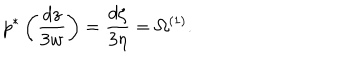
p ^ { * } \left( \frac { d z } { 3 w } \right) = \frac { d \zeta } { 3 \eta } = \Omega ^ { ( 1 ) } .